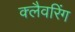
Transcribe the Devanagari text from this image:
क्लैवरिंग